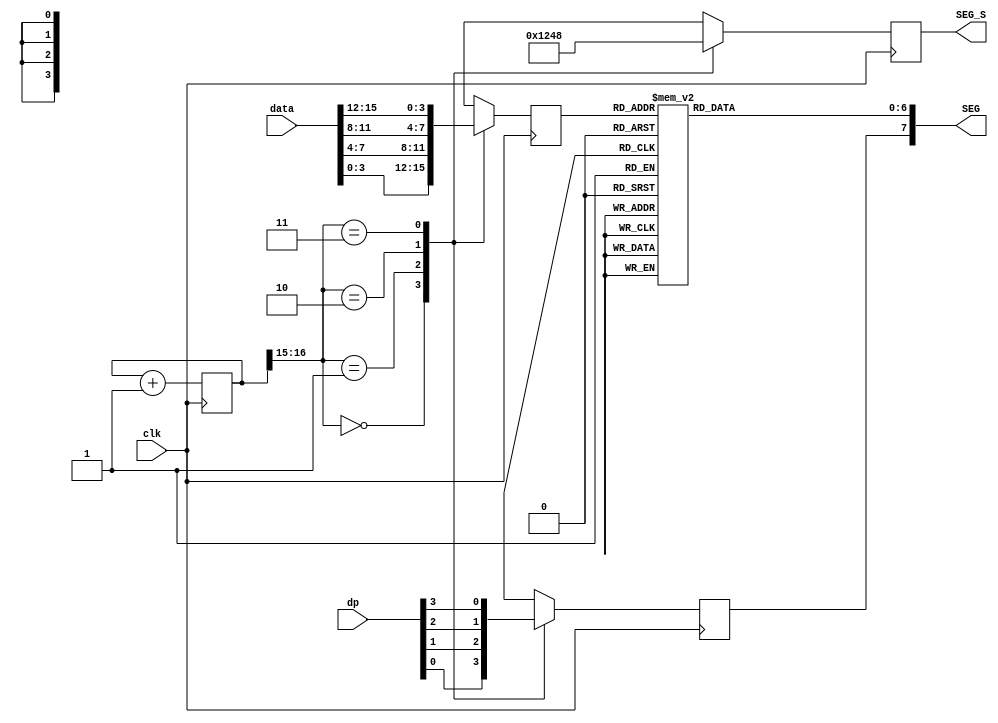
module seg_dynamic_drive(
input		clk,
input [15:0] data,	
input  [3:0] dp,		

output reg [3:0] SEG_S,		
output reg [7:0] SEG	
);

//------------------------------------------

reg [16:0] cnt;
always @ (posedge clk)	
	cnt <= cnt + 1'b1; 


reg [3:0] HEX;				
always  @ (posedge clk)
begin
	case(cnt[16:15])		
		2'b00 : HEX <= data[3:0];
		2'b01 : HEX <= data[7:4];
		2'b10 : HEX <= data[11:8]; 
		2'b11 : HEX <= data[15:12];
		default : ;
	endcase
end

//--------------drive SEG_S----------------------
//Get SEG_S through cnt[16:15]  ,every 2.6114 mS move one time
always  @ (posedge clk)	
begin
	case(cnt[16:15])
		2'b00 : SEG_S <= 4'b0001;
		2'b01 : SEG_S <= 4'b0010;
		2'b10 : SEG_S <= 4'b0100;
		2'b11 : SEG_S <= 4'b1000;
		default : ;
	endcase
end

//---------drive dp------------------
always  @ (posedge clk)
begin
	case(cnt[16:15])
		2'b00 : SEG[7] <= dp[0];
		2'b01 : SEG[7] <= dp[1];
		2'b10 : SEG[7] <= dp[2];
		2'b11 : SEG[7] <= dp[3];
		default : ;
	endcase
end

//---------------------------------------
always @ (HEX)
begin
	case(HEX)
      4'h0: SEG[6:0] <= 7'b1000000;    // 0-display  1- not display 
      4'h1: SEG[6:0] <= 7'b1111001;
      4'h2: SEG[6:0] <= 7'b0100100;
      4'h3: SEG[6:0] <= 7'b0110000;
      4'h4: SEG[6:0] <= 7'b0011001;
      4'h5: SEG[6:0] <= 7'b0010010;
      4'h6: SEG[6:0] <= 7'b0000010;
      4'h7: SEG[6:0] <= 7'b1111000;
      4'h8: SEG[6:0] <= 7'b0000000;
      4'h9: SEG[6:0] <= 7'b0010000;
      4'hA: SEG[6:0] <= 7'b0001000;
      4'hB: SEG[6:0] <= 7'b0000011;
      4'hC: SEG[6:0] <= 7'b1000110;
      4'hD: SEG[6:0] <= 7'b0100001;
      4'hE: SEG[6:0] <= 7'b0000110;
      4'hF: SEG[6:0] <= 7'b0001110;
      default: ;
    endcase
end
		

endmodule